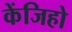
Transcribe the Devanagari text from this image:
केंजिहो